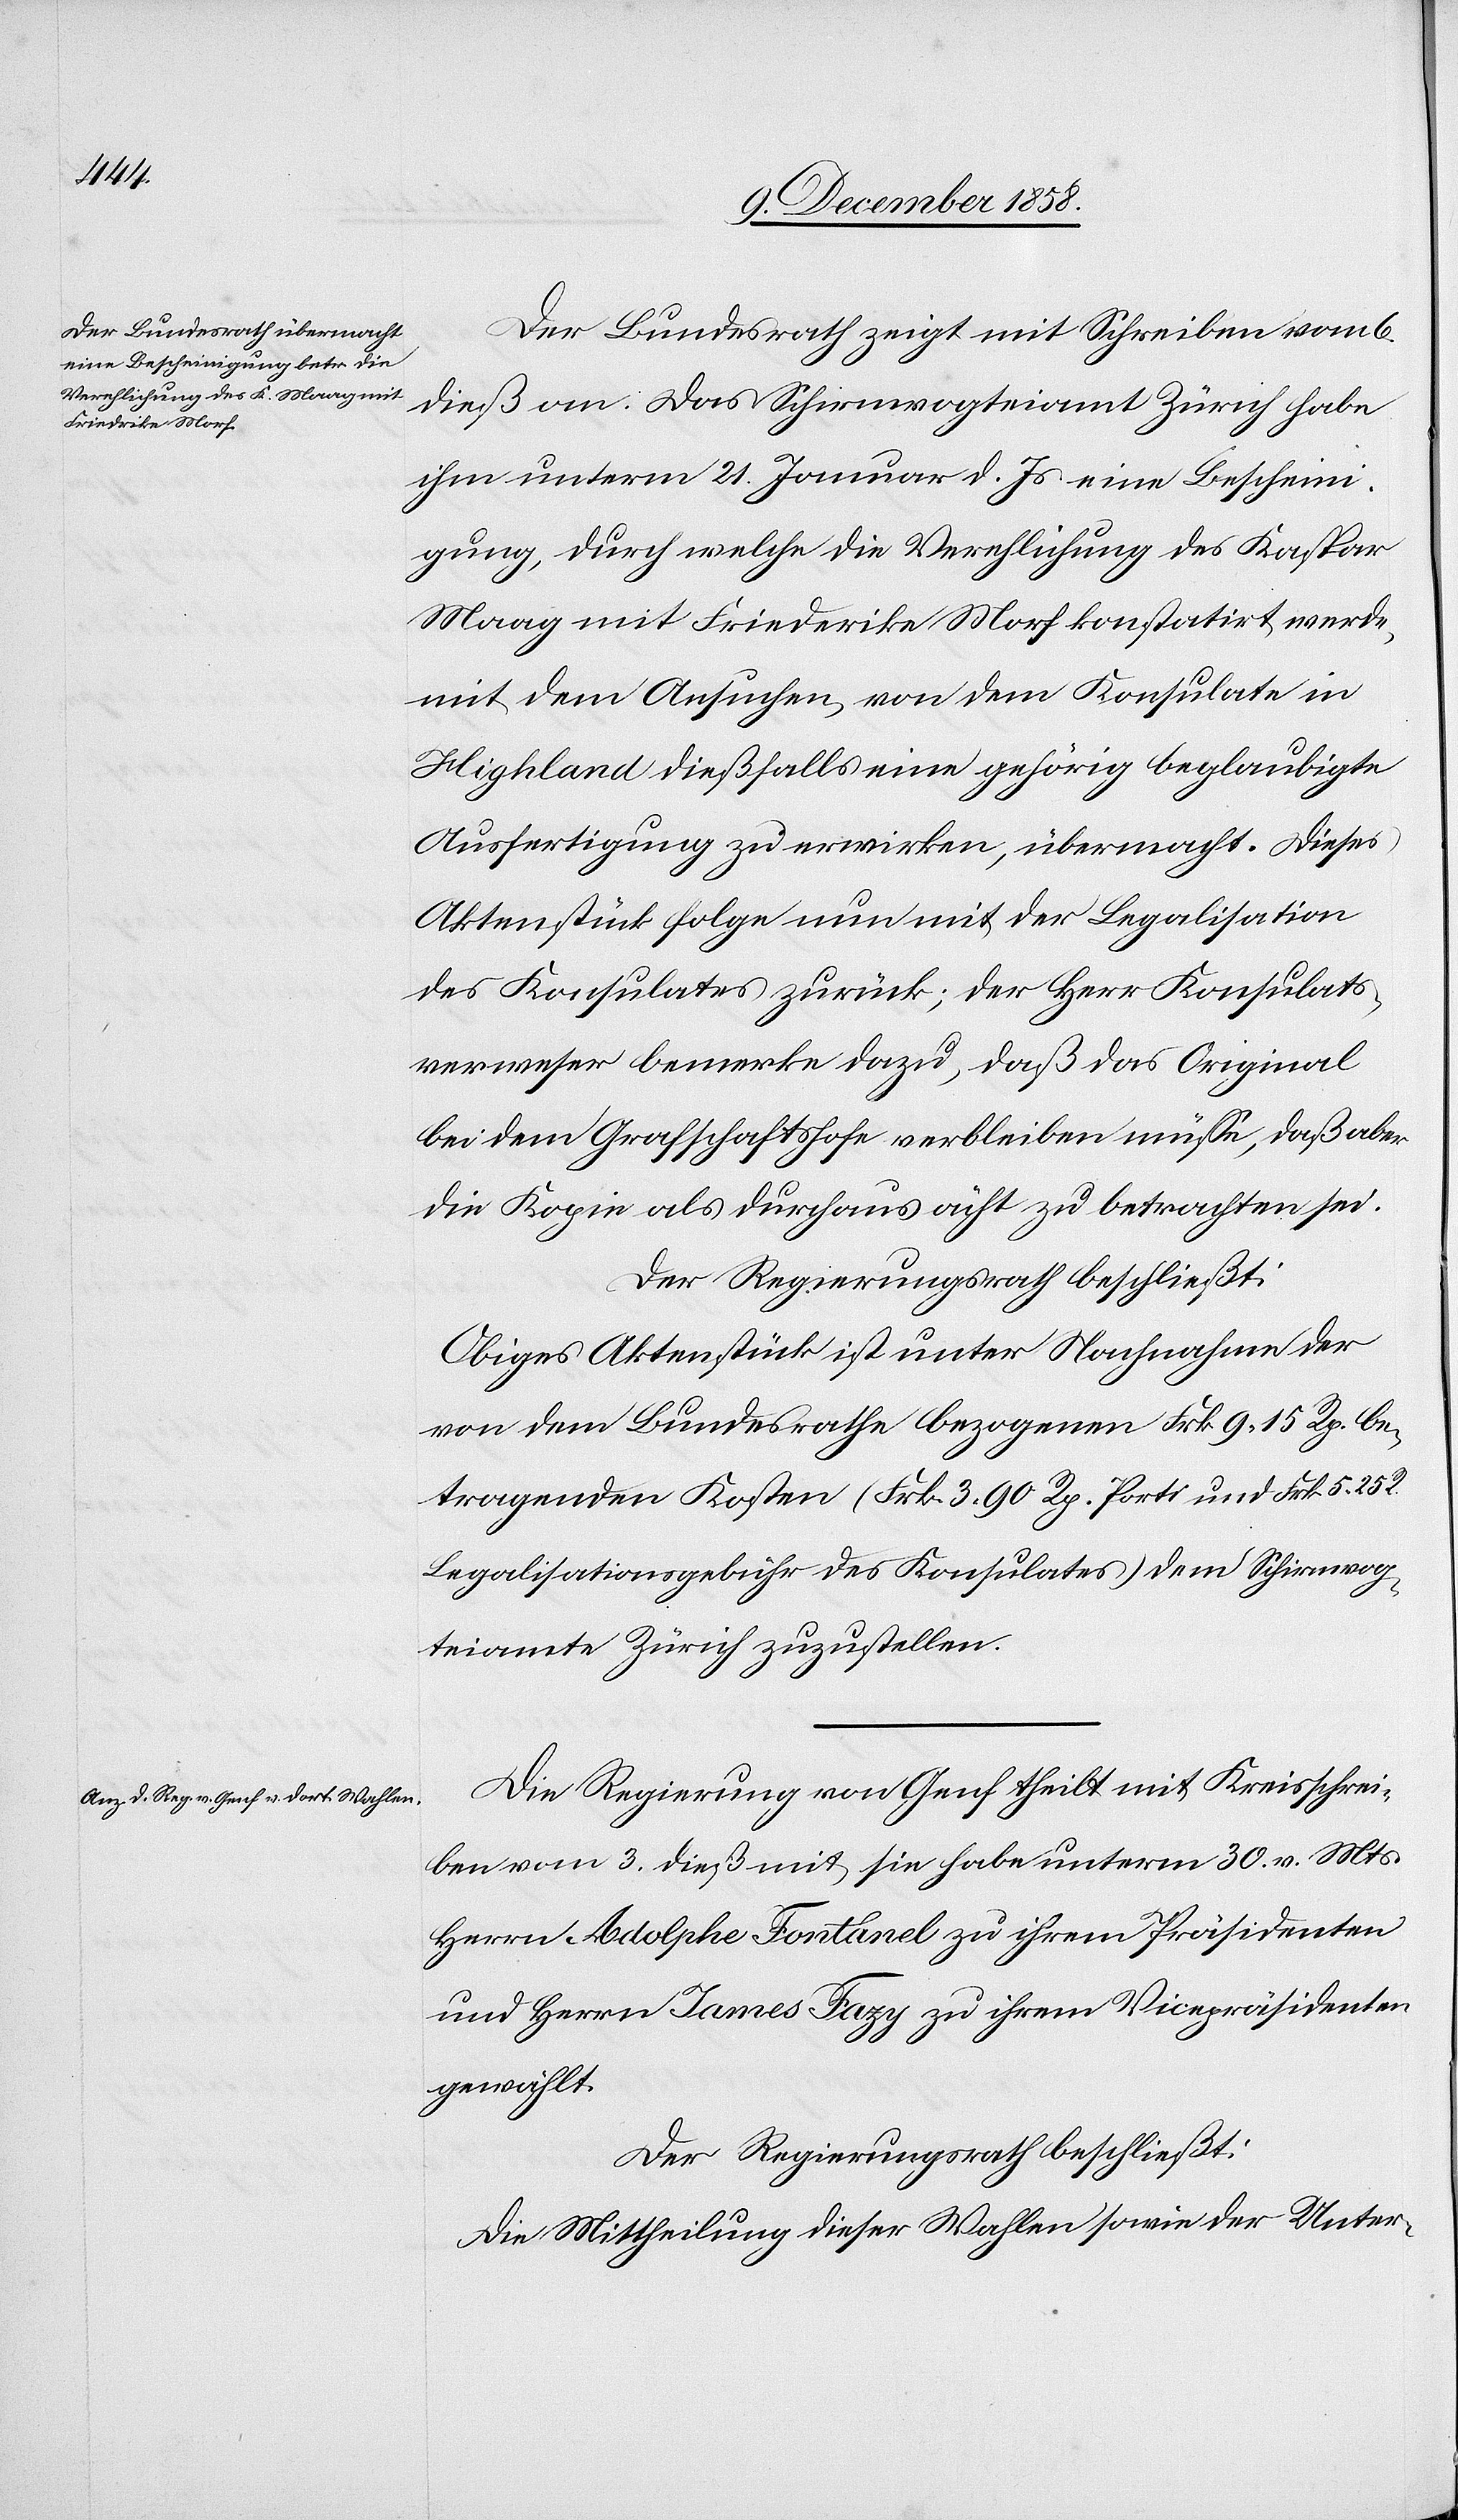
Der Bundesrath zeigt mit Schreiben vom 6.
dieß an: Das Schirmvogteiamt Zürich habe
ihm unterm 21. Januar d. Js. eine Bescheini¬
gung, durch welche die Verehlichung des Kaspar
Maag mit Friederike [sic!] Morf konstatirt werde,
mit dem Ansuchen, von dem Konsulate in
Highland dießfalls eine gehörig beglaubigte
Ausfertigung zu erwirken, übermacht. Dieses
Aktenstück folge nun mit der Legalisation
des Konsulates zurück; der Herr Konsulats¬
verweser bemerke dazu, daß das Original
bei dem Grafschaftshofe verbleiben müsse, daß aber
die Kopie als durchaus ächt zu betrachten sei.
Der Regierungsrath beschließt:
Obiges Aktenstück ist unter Nachnahme der
von dem Bundesrathe bezogenen Frk. 9 15 Rp. be¬
tragenden Kosten (Frk. 3 90 Rp. Porti und Frk. 5 25 R.
Legalisationsgebühr des Konsulates) dem Schirmvog¬
teiamte Zürich zuzustellen.
Die Regierung von Genf theilt mit Kreisschrei¬
ben vom 3. dieß mit, sie habe unterm 30. v. Mts.
Herrn Adolphe Fontanel zu ihrem Präsidenten
und Herrn James Fazy zu ihrem Vicepräsidenten
gewählt.
Der Regierungsrath beschließt:
Die Mittheilung dieser Wahlen sowie der Unter-